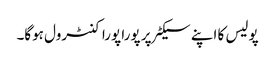
پولیس کا اپنے سیکٹر پر پورا پورا کنٹرول ہوگا۔